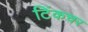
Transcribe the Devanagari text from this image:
टिंकचर